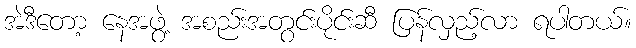
အဲဒီတော့ နေအဖွဲ့ အစည်းအတွင်းပိုင်းဆီ ပြန်လှည့်လာ ရပါတယ်။